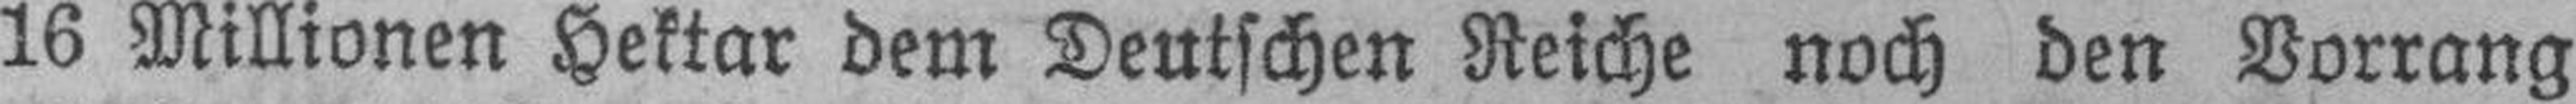
16 Millionen Hektar dem Deutschen Reiche noch den Vorrang